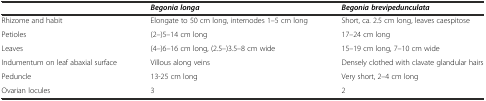
<table><thead><tr><td></td><td><b><i>Begonia longa</i></b></td><td><b><i>Begonia brevipedunculata</i></b></td></tr></thead><tbody><tr><td>Rhizome and habit</td><td>Elongate to 50 cm long, internodes 1–5 cm long</td><td>Short, ca. 2.5 cm long, leaves caespitose</td></tr><tr><td>Petioles</td><td>(2–)5–14 cm long</td><td>17–24 cm long</td></tr><tr><td>Leaves</td><td>(4–)6–16 cm long, (2.5–)3.5–8 cm wide</td><td>15–19 cm long, 7–10 cm wide</td></tr><tr><td>Indumentum on leaf abaxial surface</td><td>Villous along veins</td><td>Densely clothed with clavate glandular hairs</td></tr><tr><td>Peduncle</td><td>13-25 cm long</td><td>Very short, 2–4 cm long</td></tr><tr><td>Ovarian locules</td><td>3</td><td>2</td></tr></tbody></table>